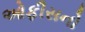
ઓફીસનો